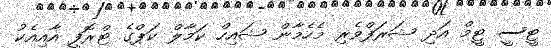
ޓީސީ ޓީމް އަދި ޝަރަފްވެރި މެހެމާން ޝައިހް ކަމާލް ކަޕްގެ ޓްރޮފީ އާއިއެކު